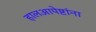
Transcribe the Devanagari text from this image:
हालआपेष्टांना